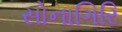
સોનાગિરિ